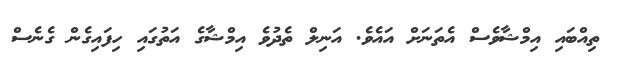
ތިއްބައި އިމްޝާވެސް އެތަނަށް އައެވެ. އަނިލް ތެދުވެ އިމްޝާގެ އަތުގައި ހިފައިގެން ގެނެސް